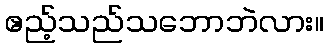
ဧည့်သည်သဘောဘဲလား။